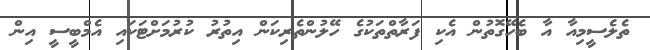
ތެެލެސީމިއާ އާ ބެހޭގޮތުން އެކި ފަރާތްތަކުގެ ހޭލުންތެރިކަން އިތުރު ކުރުމަށްޓަކައި އެމްބީސީ އިން